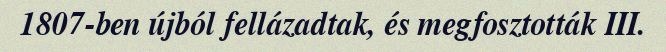
1807-ben újból fellázadtak, és megfosztották III.